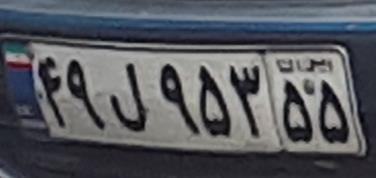
۴۹ل۹۵۳۵۵